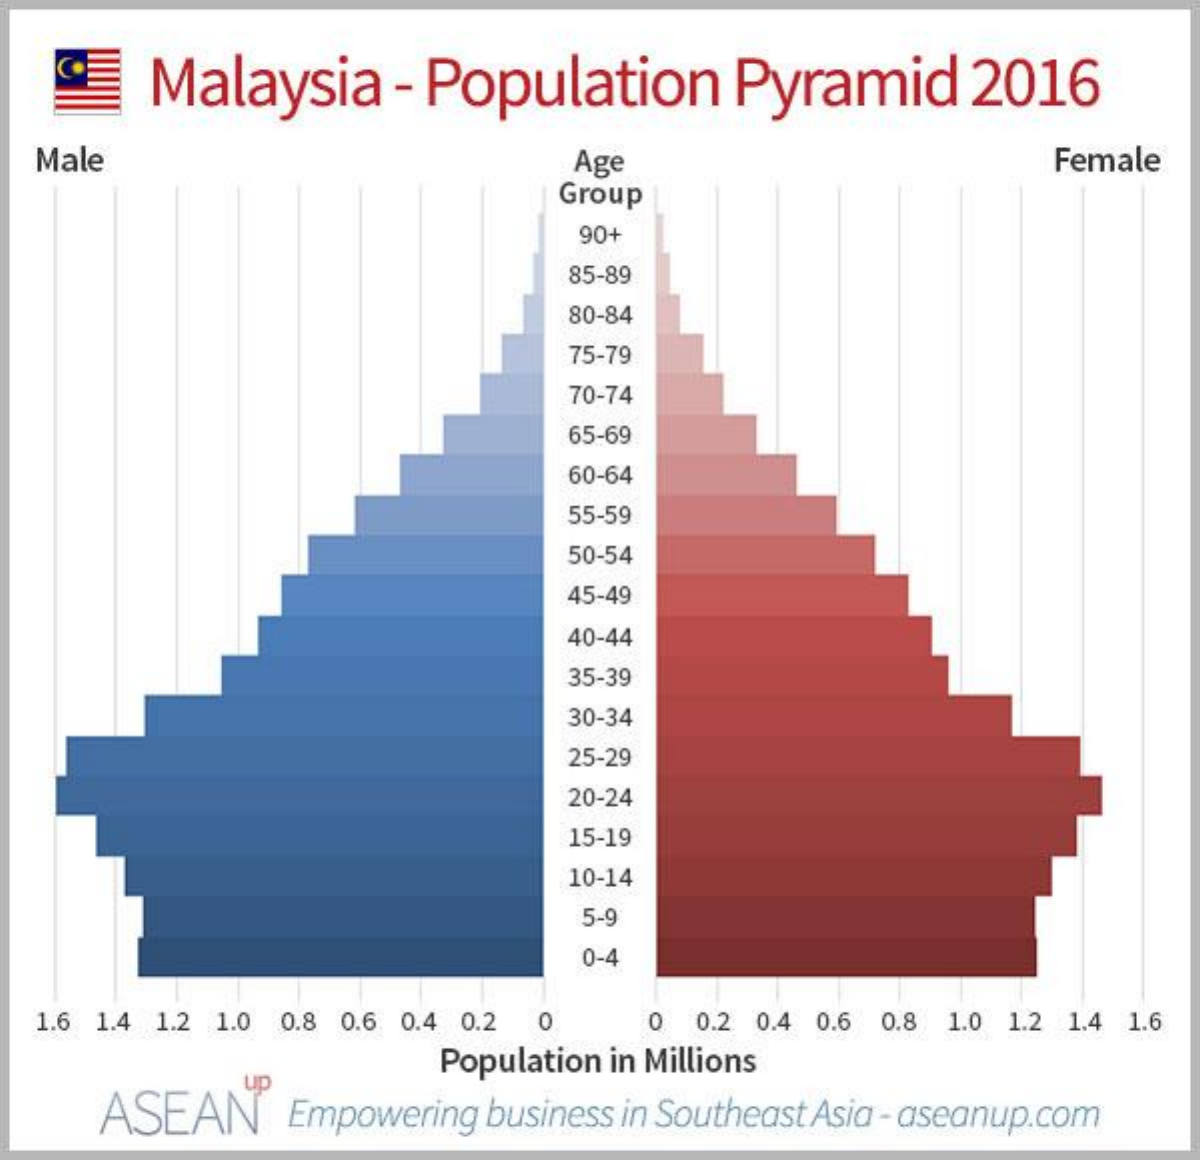
Malaysia    - Population    Pyramid    2016
  Male    Age    Female
     Group
     90+
     85-89
     80-84
     75-79
     70-74
     65-69
     60-64
     55-59
     50-54
     45-49
     40-44
     35-39
     30-34
     25-29
     20-24
     15-19
     10-14
     5-9
     0-4
  1.6 1.4 1.2 1.0 0.8 0.6 0.4 0.2 0 0 0.2 0.4 0.6 0.8 1.0 1.2 1.4 1.6
     Population in Millions
     ASEAN    Empowering business in Southeast Asia - aseanup.com